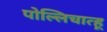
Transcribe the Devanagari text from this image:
पोल्लिचात्हू